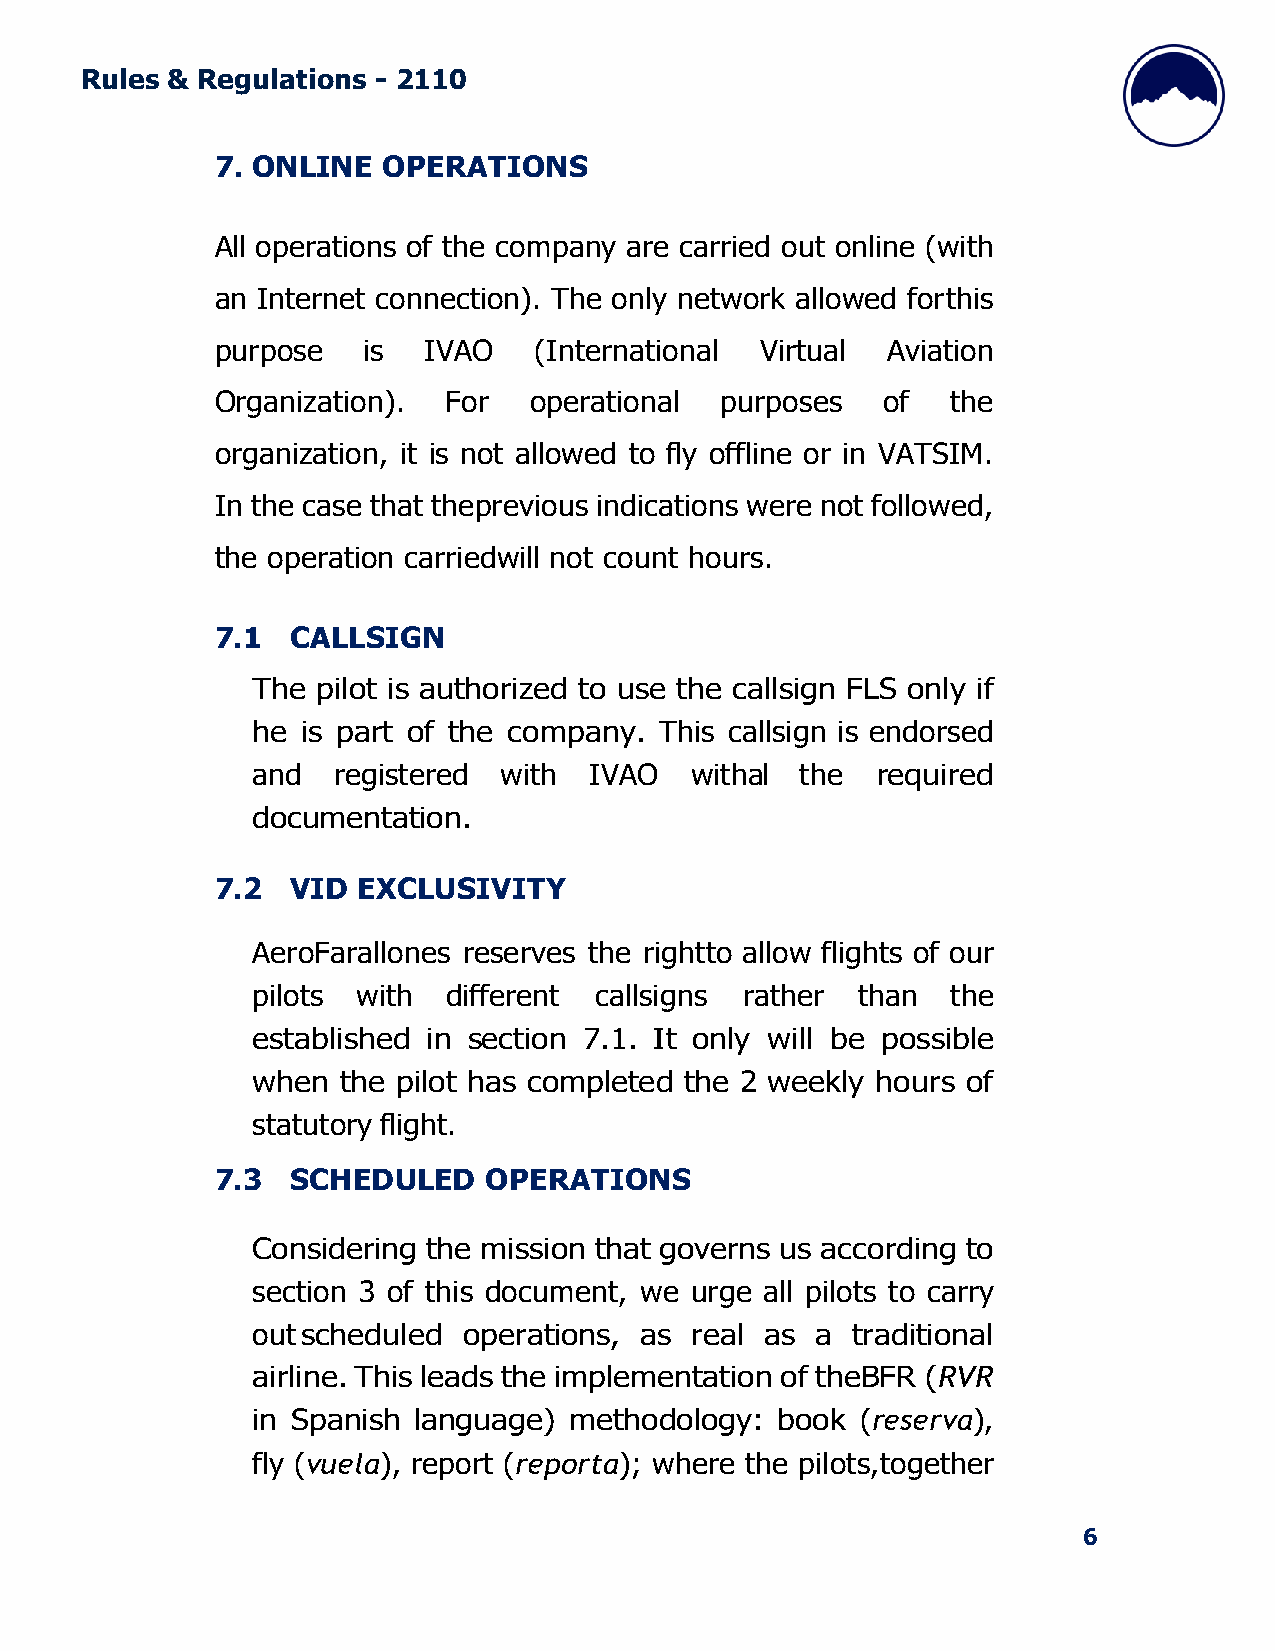
Rules & Regulations - 2110
 7. ONLINE  OPERATIONS
 All operations of the company are carried out online (with
 an Internet connection). The only network allowed for this
 purpose   is  IVAO   (International Virtual  Aviation
 Organization).  For  operational  purposes  of   the
 organization, it is not allowed to fly offline or in VATSIM.
 In the case that the previous indications were not followed,
 the operation carried will not count hours.
 7.1  CALLSIGN
 The pilot is authorized to use the callsign FLS only if
 he is part of the company. This callsign is endorsed
 and  registered with  IVAO   withal the  required
 documentation.
 7.2  VID  EXCLUSIVITY
 AeroFarallones reserves the right to allow flights of our
 pilots with  different callsigns rather than  the
 established in section 7.1. It only will be possible
 when the pilot has completed the 2 weekly hours of
 statutory flight.
 7.3  SCHEDULED    OPERATIONS
 Considering the mission that governs us according to
 section 3 of this document, we urge all pilots to carry
 out scheduled operations, as real as a traditional
 airline. This leads the implementation of the BFR (RVR
 in Spanish language) methodology: book  (reserva),
 fly (vuela), report (reporta); where the pilots, together
 6